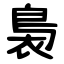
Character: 裊